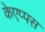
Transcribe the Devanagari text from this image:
केएप्पस